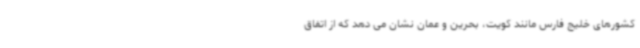
کشورهای خلیج فارس مانند کویت، بحرین و عمان نشان می دهد که از اتفاق